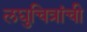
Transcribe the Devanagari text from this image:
लघुचित्रांची